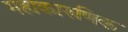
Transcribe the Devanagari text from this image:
महाकारुणिक